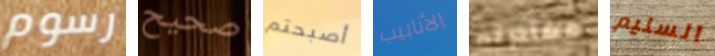
رسوم صحيح أصبحتم الأنابيب مغادرته السليم